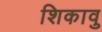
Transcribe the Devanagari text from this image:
शिकावु